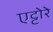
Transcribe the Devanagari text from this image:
एट्टोरे